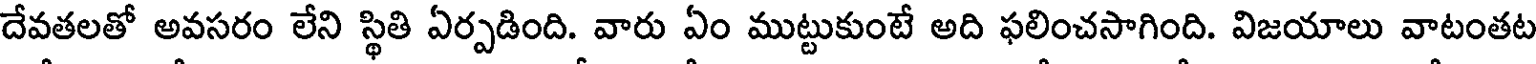
దేవతలతో అవసరం లేని స్థితి ఏర్పడింది. వారు ఏం ముట్టుకుంటే అది ఫలించసాగింది. విజయాలు వాటంతట